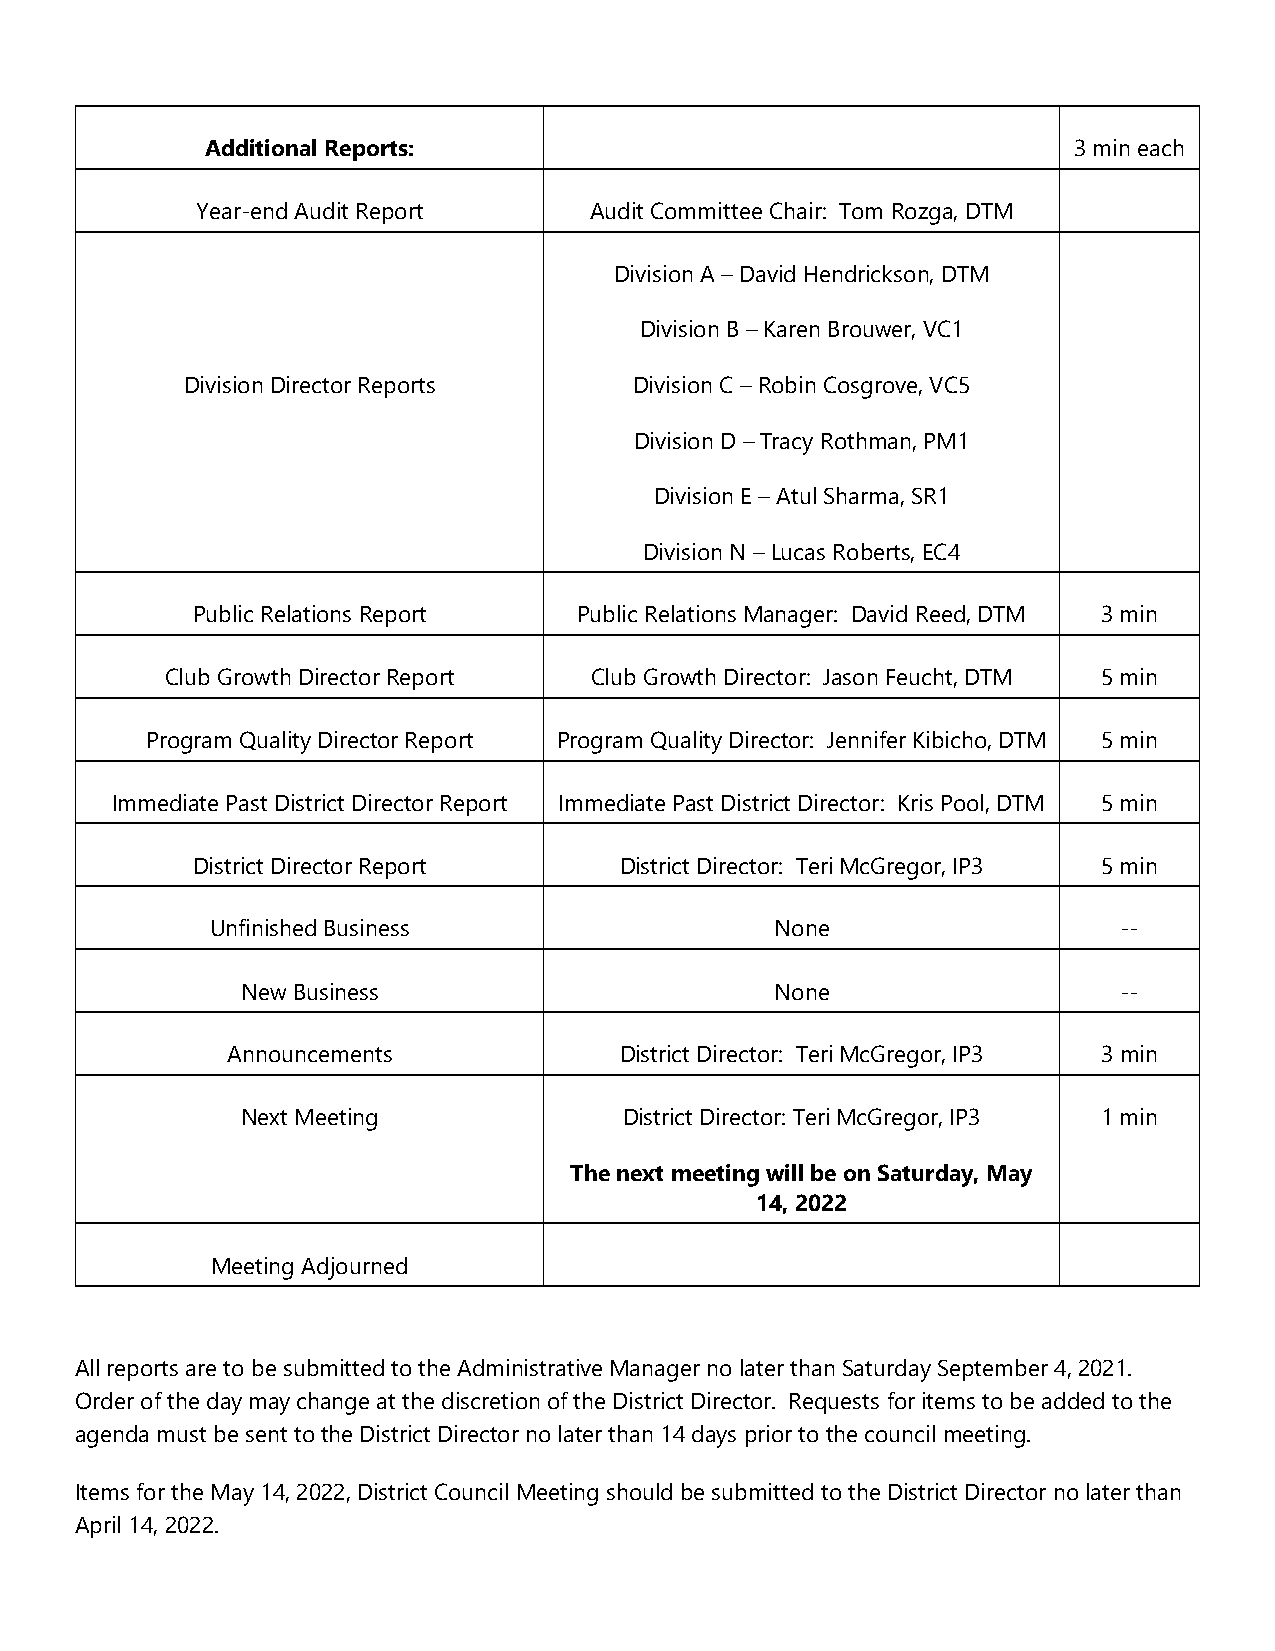
Additional Reports:                                      3 min each
 Year-end Audit Report     Audit Committee Chair: Tom Rozga, DTM
 Division A – David Hendrickson, DTM
 Division B – Karen Brouwer, VC1
 Division Director Reports     Division C – Robin Cosgrove, VC5
 Division D – Tracy Rothman, PM1
 Division E – Atul Sharma, SR1
 Division N – Lucas Roberts, EC4
 Public Relations Report  Public Relations Manager: David Reed, DTM 3 min
 Club Growth Director Report Club Growth Director: Jason Feucht, DTM 5 min
 Program Quality Director Report Program Quality Director: Jennifer Kibicho, DTM 5 min
 Immediate Past District Director Report Immediate Past District Director: Kris Pool, DTM 5 min
 District Director Report    District Director: Teri McGregor, IP3 5 min
 Unfinished Business                  None                   --
 New Business                       None                   --
 Announcements             District Director: Teri McGregor, IP3 3 min
 Next Meeting             District Director: Teri McGregor, IP3 1 min
 The next meeting will be on Saturday, May
 14, 2022
 Meeting Adjourned
 All reports are to be submitted to the Administrative Manager no later than Saturday September 4, 2021.
 Order of the day may change at the discretion of the District Director. Requests for items to be added to the
 agenda must be sent to the District Director no later than 14 days prior to the council meeting.
 Items for the May 14, 2022, District Council Meeting should be submitted to the District Director no later than
 April 14, 2022.